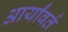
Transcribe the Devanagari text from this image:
आर्यांवर्त